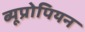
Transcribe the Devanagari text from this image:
ब्यूप्रोपियन